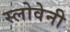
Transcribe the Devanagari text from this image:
स्लोवेनी